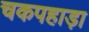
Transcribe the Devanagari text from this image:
चकपहाड़ा